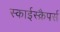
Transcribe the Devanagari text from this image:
स्काईस्क्रैपर्स